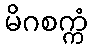
မိဂစက္ကံ